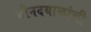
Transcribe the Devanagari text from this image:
दीनदयाळांची